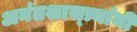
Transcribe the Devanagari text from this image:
अनंतशास्त्र्यांनी